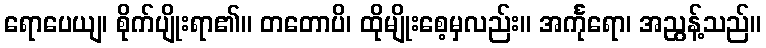
ရောပေယျ၊ စိုက်ပျိုးရာ၏။ တတောပိ၊ ထိုမျိုးစေ့မှလည်း။ အင်္ကုရော၊ အညွန့်သည်။